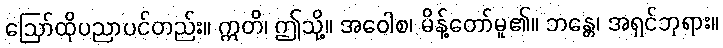
ဩော်ထိုပညာပင်တည်း။ ဣတိ၊ ဤသို့။ အဝေါစ၊ မိန့်တော်မူ၏။ ဘန္တေ၊ အရှင်ဘုရား။